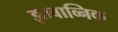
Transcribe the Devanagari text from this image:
झाबाव्निक